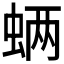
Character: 𮔊